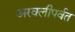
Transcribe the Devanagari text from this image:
अरवलीपर्वत